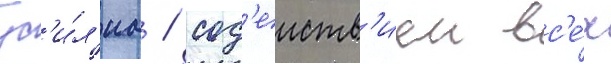
ус'и́л'иа / сод'еиств'ием вс'е́х